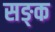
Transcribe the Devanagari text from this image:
सङ्क